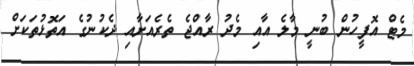
މެޓް އޮފީހުން ބުނީ މާލެ އާއި މެދު ރާއްޖެ ތެރެއަށާއި ދެކުނުގެ އަތޮޅުތަކަށް